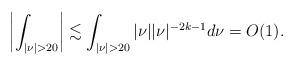
LaTeX: \begin{align*}\left|\int_{|\nu|>20}\right| \lesssim \int_{|\nu|>20} |\nu||\nu|^{-2k-1} d\nu = O(1).\end{align*}